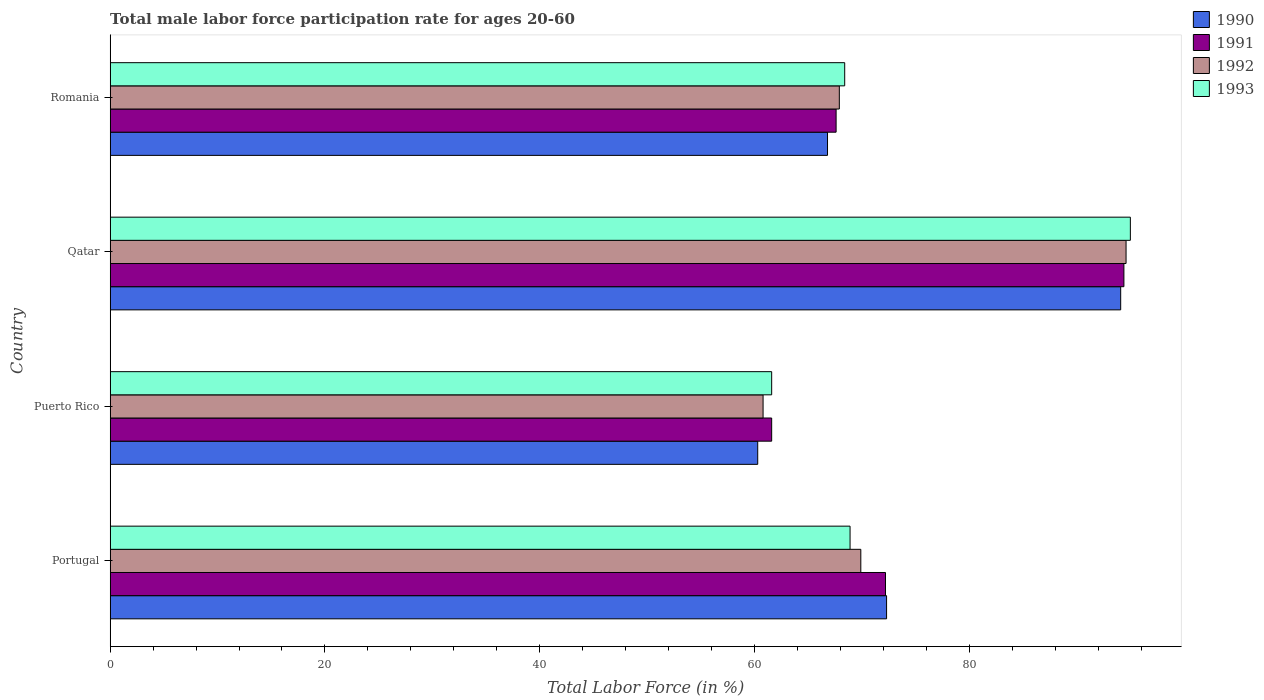
| Country | 1990 | 1991 | 1992 | 1993 |
 | --- | --- | --- | --- | --- |
 | Portugal | 72.3 | 72.2 | 69.9 | 68.9 |
 | Puerto Rico | 60.3 | 61.6 | 60.8 | 61.6 |
 | Qatar | 94.1 | 94.4 | 94.6 | 95 |
 | Romania | 66.8 | 67.6 | 67.9 | 68.4 |